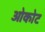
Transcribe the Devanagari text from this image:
ओकोट